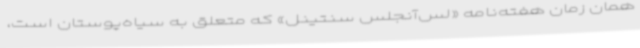
همان زمان هفته‌نامه «لس‌آنجلس سنتینل» که متعلق به سیاه‌پوستان است،